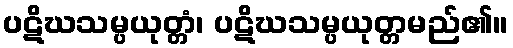
ပဋိဃသမ္ပယုတ္တံ၊ ပဋိဃသမ္ပယုတ္တမည်၏။